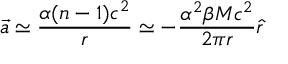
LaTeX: \vec { a } \simeq \frac { \alpha ( n - 1 ) c ^ { 2 } } { r } \simeq - \frac { \alpha ^ { 2 } \beta M c ^ { 2 } } { 2 \pi r } \hat { r }